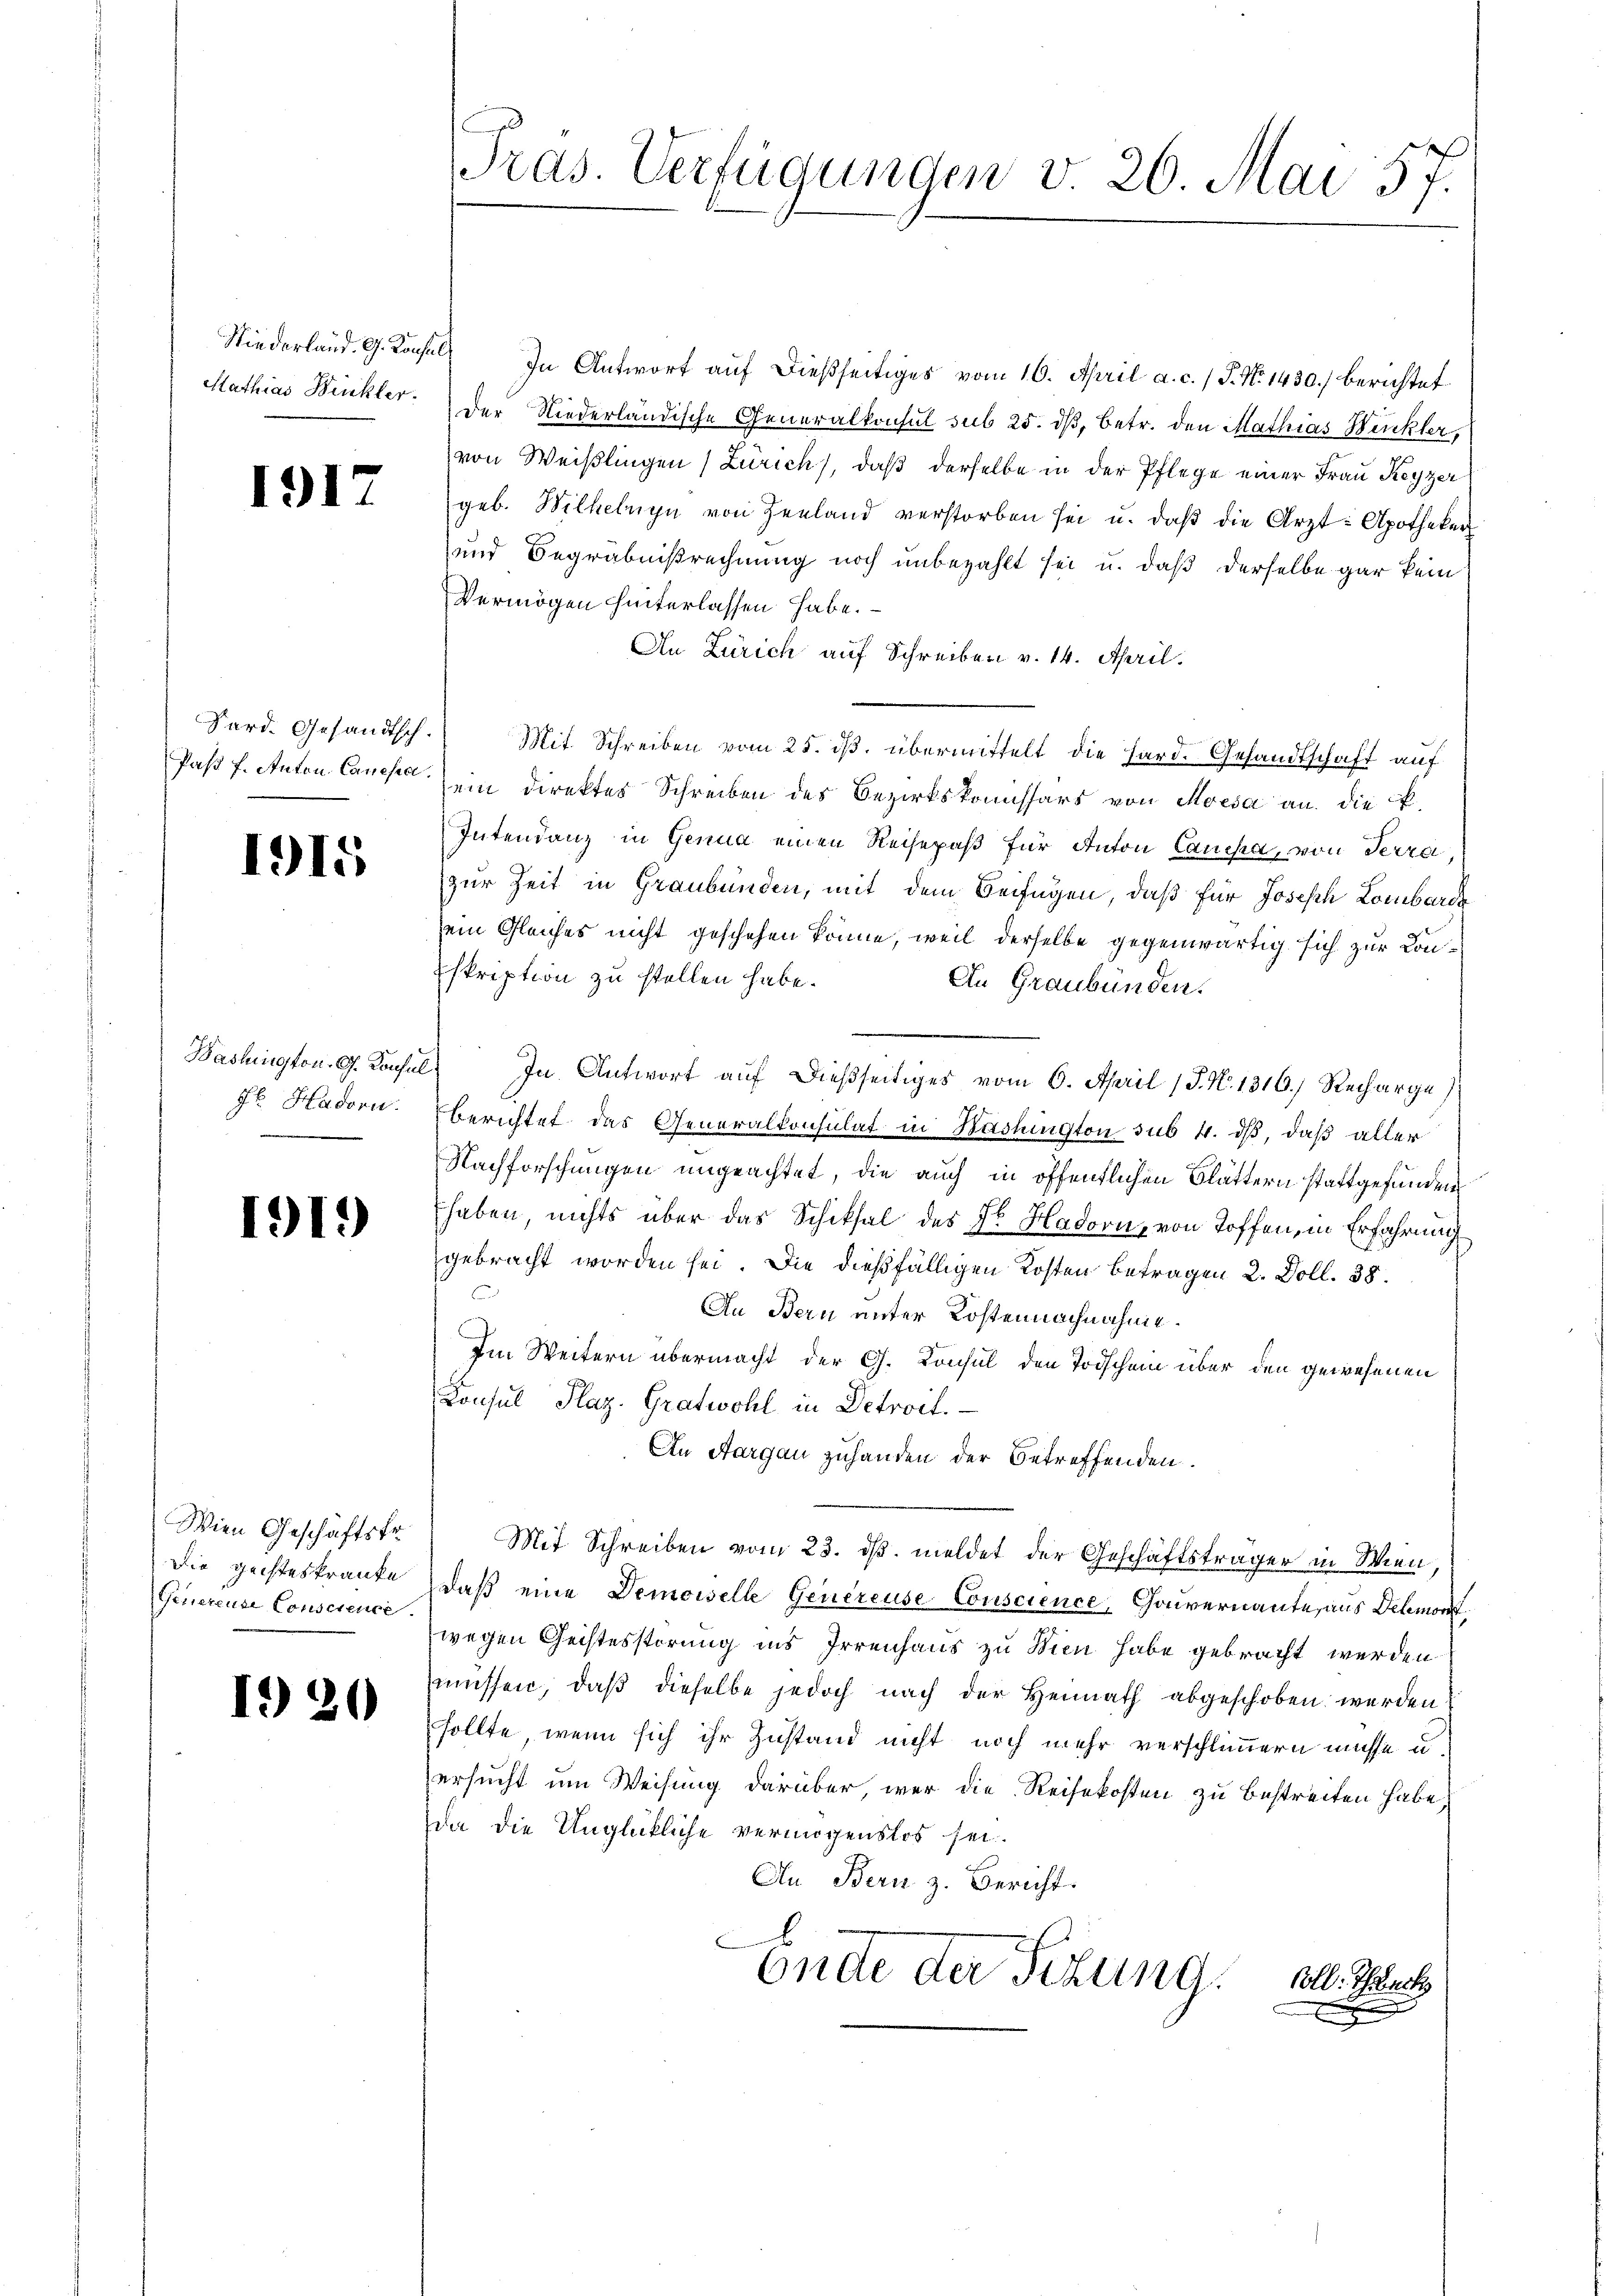
Niederland. G. Konsul
Mathias Buckler.

1917

1915

H Hadorn.
n

1919

Wien Geschäftstr¬
Die Rechteskranke
Generenze Conscience.

1920

Pras. Verfügungen v. 26. Mai 57.

In Antwort auf dießseitiges vom 16. April a. c. / P. No 1430.) berichtet
Der Niederländische Generalkonsul sub 25. dβ, betr. den Mathias Winkler,
von Weißlingen (Zürich), daß derselbe in der Pflege einer Frau Keyzer
geb. Wilheluyn von Zenland verstorben sei u. daβ die Arzt-Apotheker
und Begräbnisrechnung noch unbezahlt sei u. daß derselbe gar kein
Vermögen hinterlassen habe.
An Zürich auf Schreiben v. 14. April.
Sard. Gesandtsch. Mit Schreiben vom 25. dβ. übermittelt die Hard. Gesandtschaft auf
Paßt f. Anton Canck ein direktes Schreiben des Bezirkskomissärs von Moisa an die K.
Intendanz in Genua einen Reisepaß für Anton Cancka, von Terra,
zur Zeit in Graubünden, mit dem Beifügen, daß für Joseph Lombardi
ein Gleiches nicht geschehen könne, weil derselbe gegenwärtig sich zur Con¬
Eskription zu stellen habe.
An Graubünden.
Bashington. G. Konsul, In Antwort auf dießseitiges vom 6. April 18. No. 1316.) Recharge
Berichtet das Generalkonsulat in Haslington sub 4. dß, daß aller
Nachforschungen ungeachtet, die auch in öffentlichen Blättern stattgefunden
haben, nichts über das Schiksal des Dr. Hadorn, von Toffen, in Erfahrung
gebracht worden sei. Die dießfälligen Kosten Betragen 2. Doll. 38.
An Bern unter Kostennachnahme.
Im Weitern übermacht der G. Konsul den Todschein über den gewesenen
Konsul Plaz. Gratwohl in Detroit.
An Aargau zuhanden der betreffenden.
Mit Schreiben vom 23. ds. meldet der Geschäftsträger in Wien,
daß eine Demoiselle Genereuse-Conscience, Gouvernannte, aus Dehmord
wegen Geistesstörung ins Irrenhaus zu Wien habe gebracht werden
müssen, daß dieselbe jedoch nach der Heimath abgeschoben werden
sollte, wenn sich ihr Zustand nicht noch mehr verschlimmern müsse u.
ersucht um Weisung darüber, wer die Reisekosten zu bestreiten habe,
da die Unglückliche vermögenslos sei.
An Bern z. Bericht.
u
Ondte der Sitzung.
oll. Theat